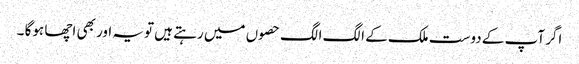
اگر آپ کے دوست ملک کے الگ الگ حصوں میں رہتے ہیں تویہ اور بھی اچھا ہوگا ۔